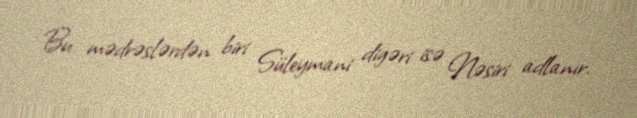
Bu mədrəslərdən biri Süleymani digəri isə Nəsiri adlanır.